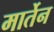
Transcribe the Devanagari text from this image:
मार्तेन